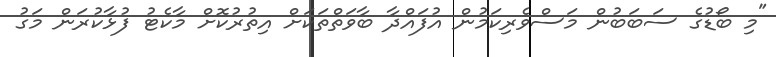
"މި ބޯޑުގެ ސަބަބުން މަސްވެރިކަމުން އުފައްދާ ބާވަތްތަކަށް އިތުރުކޮށް މާކެޓު ފުޅާކުރަން މަގު